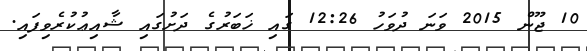
10 ޖޫން 2015 ވަނަ ދުވަހު 12:26 ގައި ޚަބަރުގެ ދަށުގައި ޝާއިޢުކުރެވިފައި.